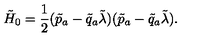
\tilde { H } _ { 0 } = \frac { 1 } { 2 } ( \tilde { p } _ { a } - \tilde { q } _ { a } \tilde { \lambda } ) ( \tilde { p } _ { a } - \tilde { q } _ { a } \tilde { \lambda } ) .